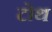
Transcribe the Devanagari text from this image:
टोथ